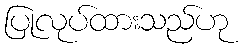
ပြုလုပ်ထားသည်ဟု